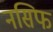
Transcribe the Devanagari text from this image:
नसिफ